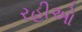
રહીઓ